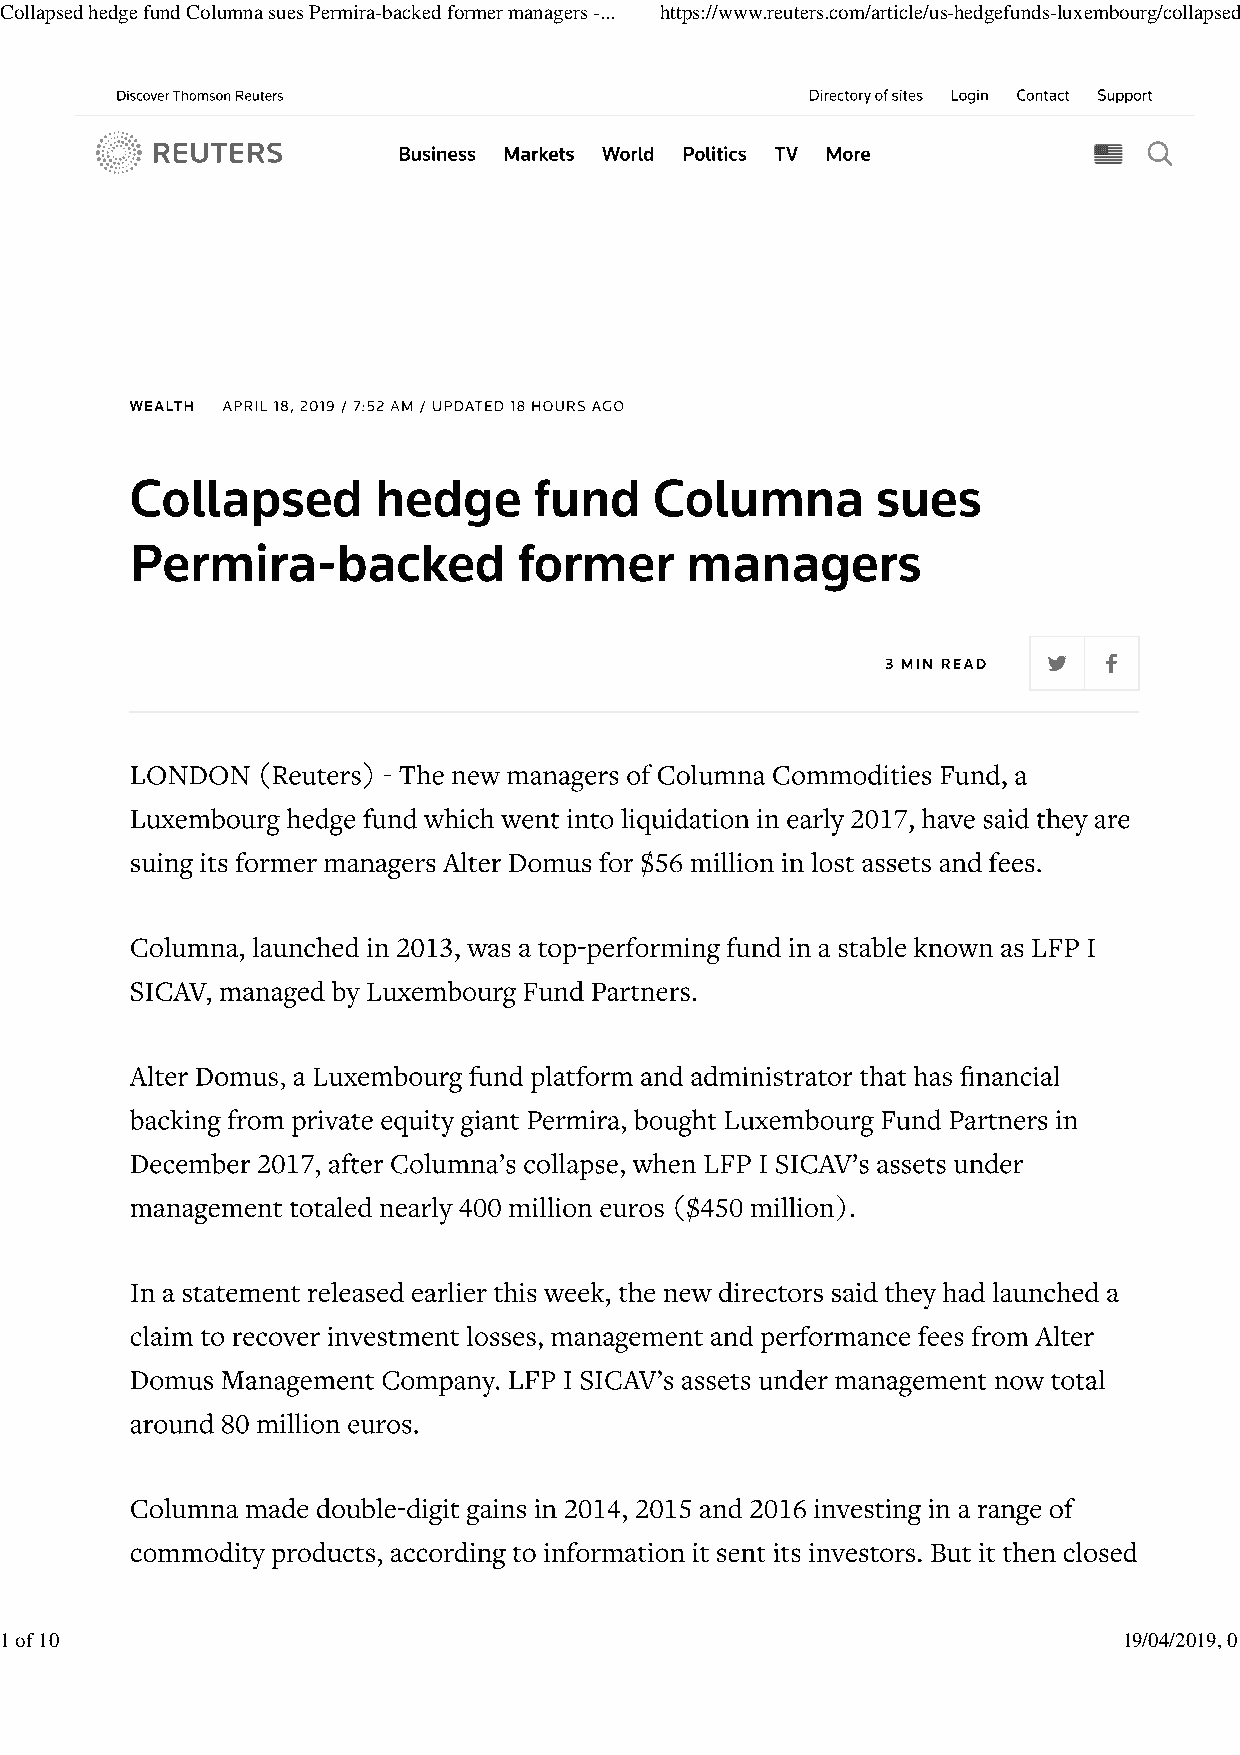
Collapsed hedge fund Columna sues Permira-backed former managers -... https://www.reuters.com/article/us-hedgefunds-luxembourg/collapsed-h...
 1 of 10                                                                   19/04/2019, 01:58